Vaccination in Burma 1920-1933 - 1920-1933
Year: 1920
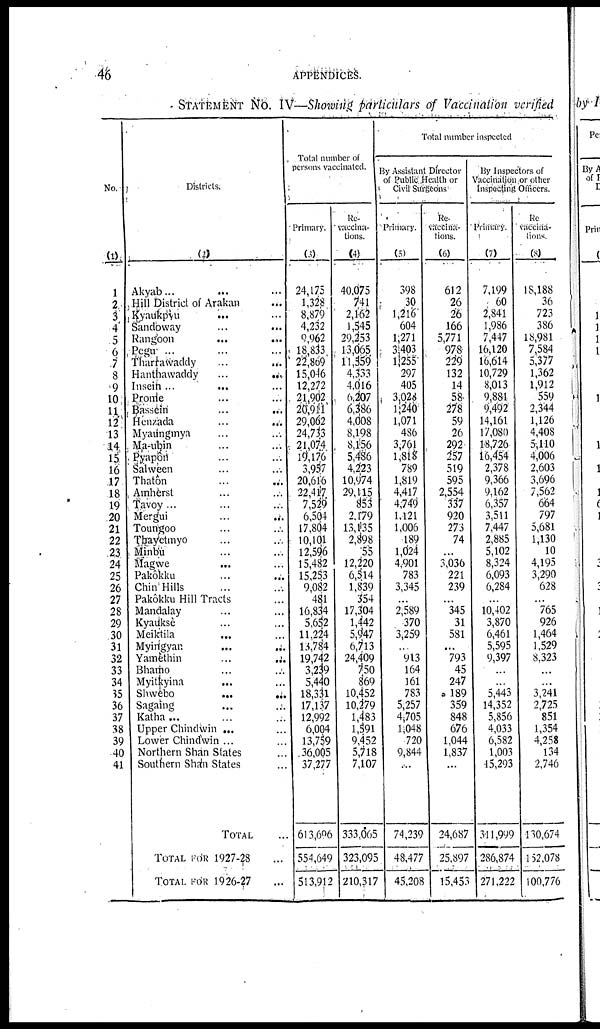
46
APPENDICES.
STATEMENT NO. IV—Showing particulars of Vaccination verified
No.
(1)
1
2
3
4
5
6
7
8
9
10
11
12
13
14
15
16
17
18
19
20
21
22
23
24
25
26
27
28
29
30
31
32
33
34
35
36
37
38
39
40
41
Districts.
(2)
Akyab... ... ...
Hill District of Arakan ...
Kyaukpyu ... ...
Sandoway ... ...
Rangoon
...
...
Pegu ... ... ...
Tharrawaddy ... ...
Hanthawaddy
...
...
Insein...
...
Prome ... ...
Bassein
...
...
Henzada ... ...
Myaungmya ... ...
Ma-ubin ... ...
Pyapôn ... ...
Salween ... ...
Thatôn ... ...
Amherst ... ...
Tavôy... ...
Mergui ... ...
Toungoo ... ...
Thayetmyo ... ...
Minbu ... ...
Magwe
... ...
Pakôkku ... ...
Chin Hills ... ...
Pakôkku Hill Tracts ...
Mandalay ... ...
Kyauksè ... ...
Meiktila ... ...
Myingyan
...
...
Yamèthin
...
...
Bhamo ... ...
Myitkyina ... ...
Shwebo
...
...
Sagaing ... ...
Katha... ... ...
Upper Chindwin ...
Lower Chindwin ...
Northern Shan States ...
Southern Shan States ...
TOTAL ...
TOTAL FOR 1927-28 ...
TOTAL FOR 1926-27 ...
Total number of
persons vaccinated.
Primary.
(3)
24,175
1,328
8,879
4,232
9,962
18,833
22,869
15,046
12,272
21,902
20,911
29,062
24,733
21,074
19,176
3,957
20,616
22,417
7,529
6,504
17,804
10,101
12,596
15,482
15,253
9,082
481
16,834
5,652
11,224
13,784
19,742
3,239
5,440
18,331
17,137
12,992
6,004
13,759
36,005
37,277
613,606
554,649
513,912
Re-
vaccina-
tions.
(4)
40,075
741
2,162
1,545
29,253
13,065
11,359
4,333
4,016
6,207
6,386
4,008
8,198
8,156
5,486
4,223
10,974
29,115
853
2,179
13,135
2,898
55
12,220
6,514
1,839
354
17,304
1,442
5,947
6,713
24,409
750
869
10,452
10,279
1,483
1,591
9,452
5,718
7,107
333,065
323,095
210,317
Total number inspected
By Assistant Director
of Public Health or
Civil Surgeons
Primary.
(5)
398
30
1,216
604
1,271
3,403
1,255
297
405
3,028
1,240
1,071
486
3,761
1,818
789
1,819
4,417
4,749
1,121
1,006
189
1,024
4,901
783
3,345
...
2,589
370
3,259
...
913
164
161
783
5,257
4,705
1,048
720
9,844
...
74,239
48,477
45,208
Re-
vaccina-
tions.
(6)
612
26
26
166
5,771
978
229
132
14
58
278
59
26
292
257
519
595
2,554
337
920
273
74
...
3,036
221
239
...
345
31
581
...
793
45
247
189
359
848
676
1,044
1,837
...
24,687
25,897
15,453
By Inspectors of
Vaccination or other
Inspecting Officers.
Primary.
(7)
7,199
60
2,841
1,986
7,447
16,120
16,614
10,729
8,013
9,881
9,492
14,161
17,080
18,726
16,454
2,378
9,366
9,162
6,357
3,511
7,447
2,885
5,102
8,324
6,093
6,284
...
10,402
3,870
6,461
5,595
9,397
...
...
5,443
14,352
5,856
4,033
6,582
1,003
15,293
311,999
286,874
271,222
Re
vaccina-
tions.
(8)
18,188
36
723
386
18,981
7,584
5,377
1,362
1,912
559
2,344
1,126
4,408
5,110
4,006
2,603
3,696
7,562
664
797
5,681
1,130
10
4,195
3,290
628
...
765
926
1,464
1,529
8,323
. ..
...
3,241
2,725
851
1,354
4,258
134
2,746
130,674
152,078
100,776